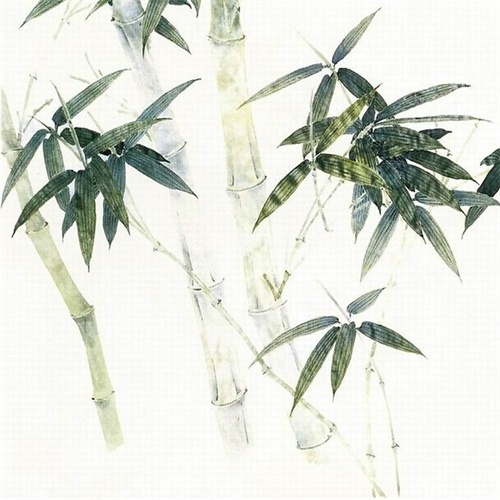
新竹高于旧竹枝，全凭老干为扶持。